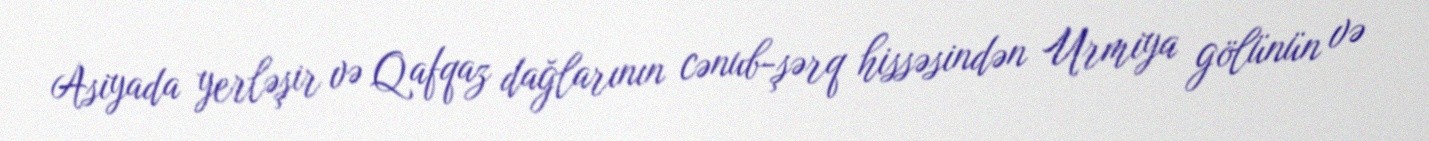
Asiyada yerləşir və Qafqaz dağlarının cənub-şərq hissəsindən Urmiya gölünün və